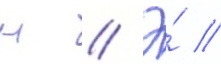
н // Э́ //